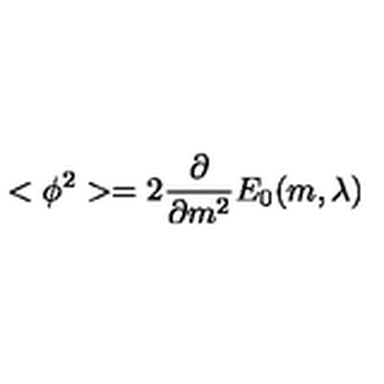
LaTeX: < \phi ^ { 2 } > = 2 \frac { \partial } { \partial m ^ { 2 } } E _ { 0 } ( m , \lambda )